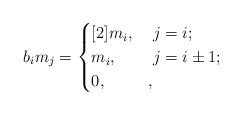
LaTeX: \begin{align*}b_i m_j = \begin{cases}[2] m_i, & \; j=i;\\m_i, & \; j=i\pm 1;\\0, & ,\end{cases} \end{align*}